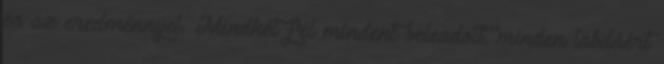
és az eredménnyel. Mindkét fél mindent beleadott, minden labdáért